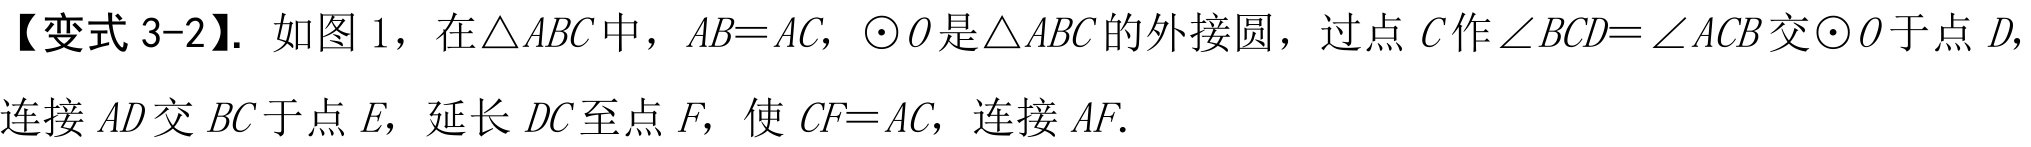
【变式 3-2】. 如图 1，在\(\triangle ABC\)中，\(AB = AC\)，\(\odot O\)是\(\triangle ABC\)的外接圆，过点\(C\)作\(\angle BCD=\angle ACB\)交\(\odot O\)于点\(D\)，连接\(AD\)交\(BC\)于点\(E\)，延长\(DC\)至点\(F\)，使\(CF = AC\)，连接\(AF\).